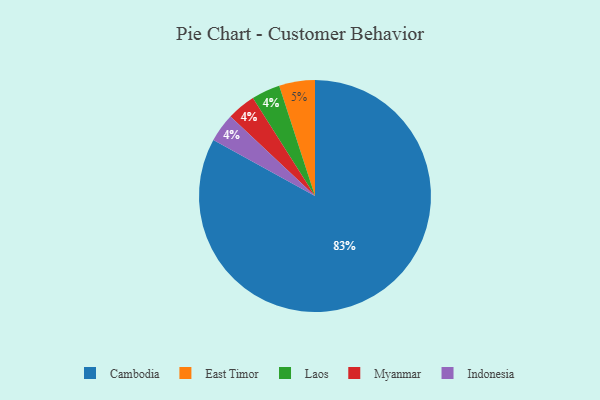
{"axis": {"x": "Category", "y": "Percentage"}, "legend": ["Cambodia", "East Timor", "Indonesia", "Laos", "Myanmar"], "data": [{"x": "Laos", "y": 4, "type": "Laos"}, {"x": "Myanmar", "y": 4, "type": "Myanmar"}, {"x": "Indonesia", "y": 4, "type": "Indonesia"}, {"x": "East Timor", "y": 5, "type": "East Timor"}, {"x": "Cambodia", "y": 83, "type": "Cambodia"}]}